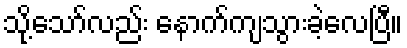
သို့သော်လည်း နောက်ကျသွားခဲ့လေပြီ။